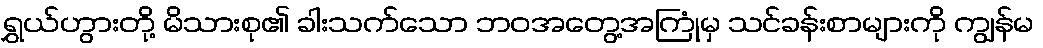
ရွှယ်ဟွားတို့ မိသားစု၏ ခါးသက်သော ဘဝအတွေ့အကြုံမှ သင်ခန်းစာများကို ကျွန်မ